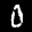
Label: 0